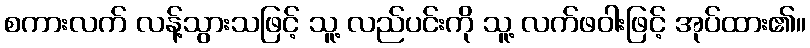
စကားလက် လန့်သွားသဖြင့် သူ့ လည်ပင်းကို သူ့ လက်ဖဝါးဖြင့် အုပ်ထား၏။